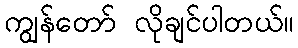
ကျွန်တော် လိုချင်ပါတယ်။